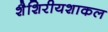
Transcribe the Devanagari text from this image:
शैशिरीयशाकल